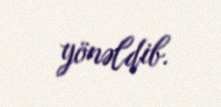
yönəldib.